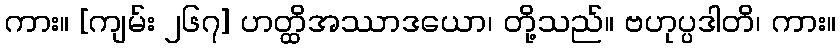
ကား။ [ကျမ်း ၂၆၇] ဟတ္ထိအဿာဒယော၊ တို့သည်။ ဗဟုပ္ပဒါတိ၊ ကား။